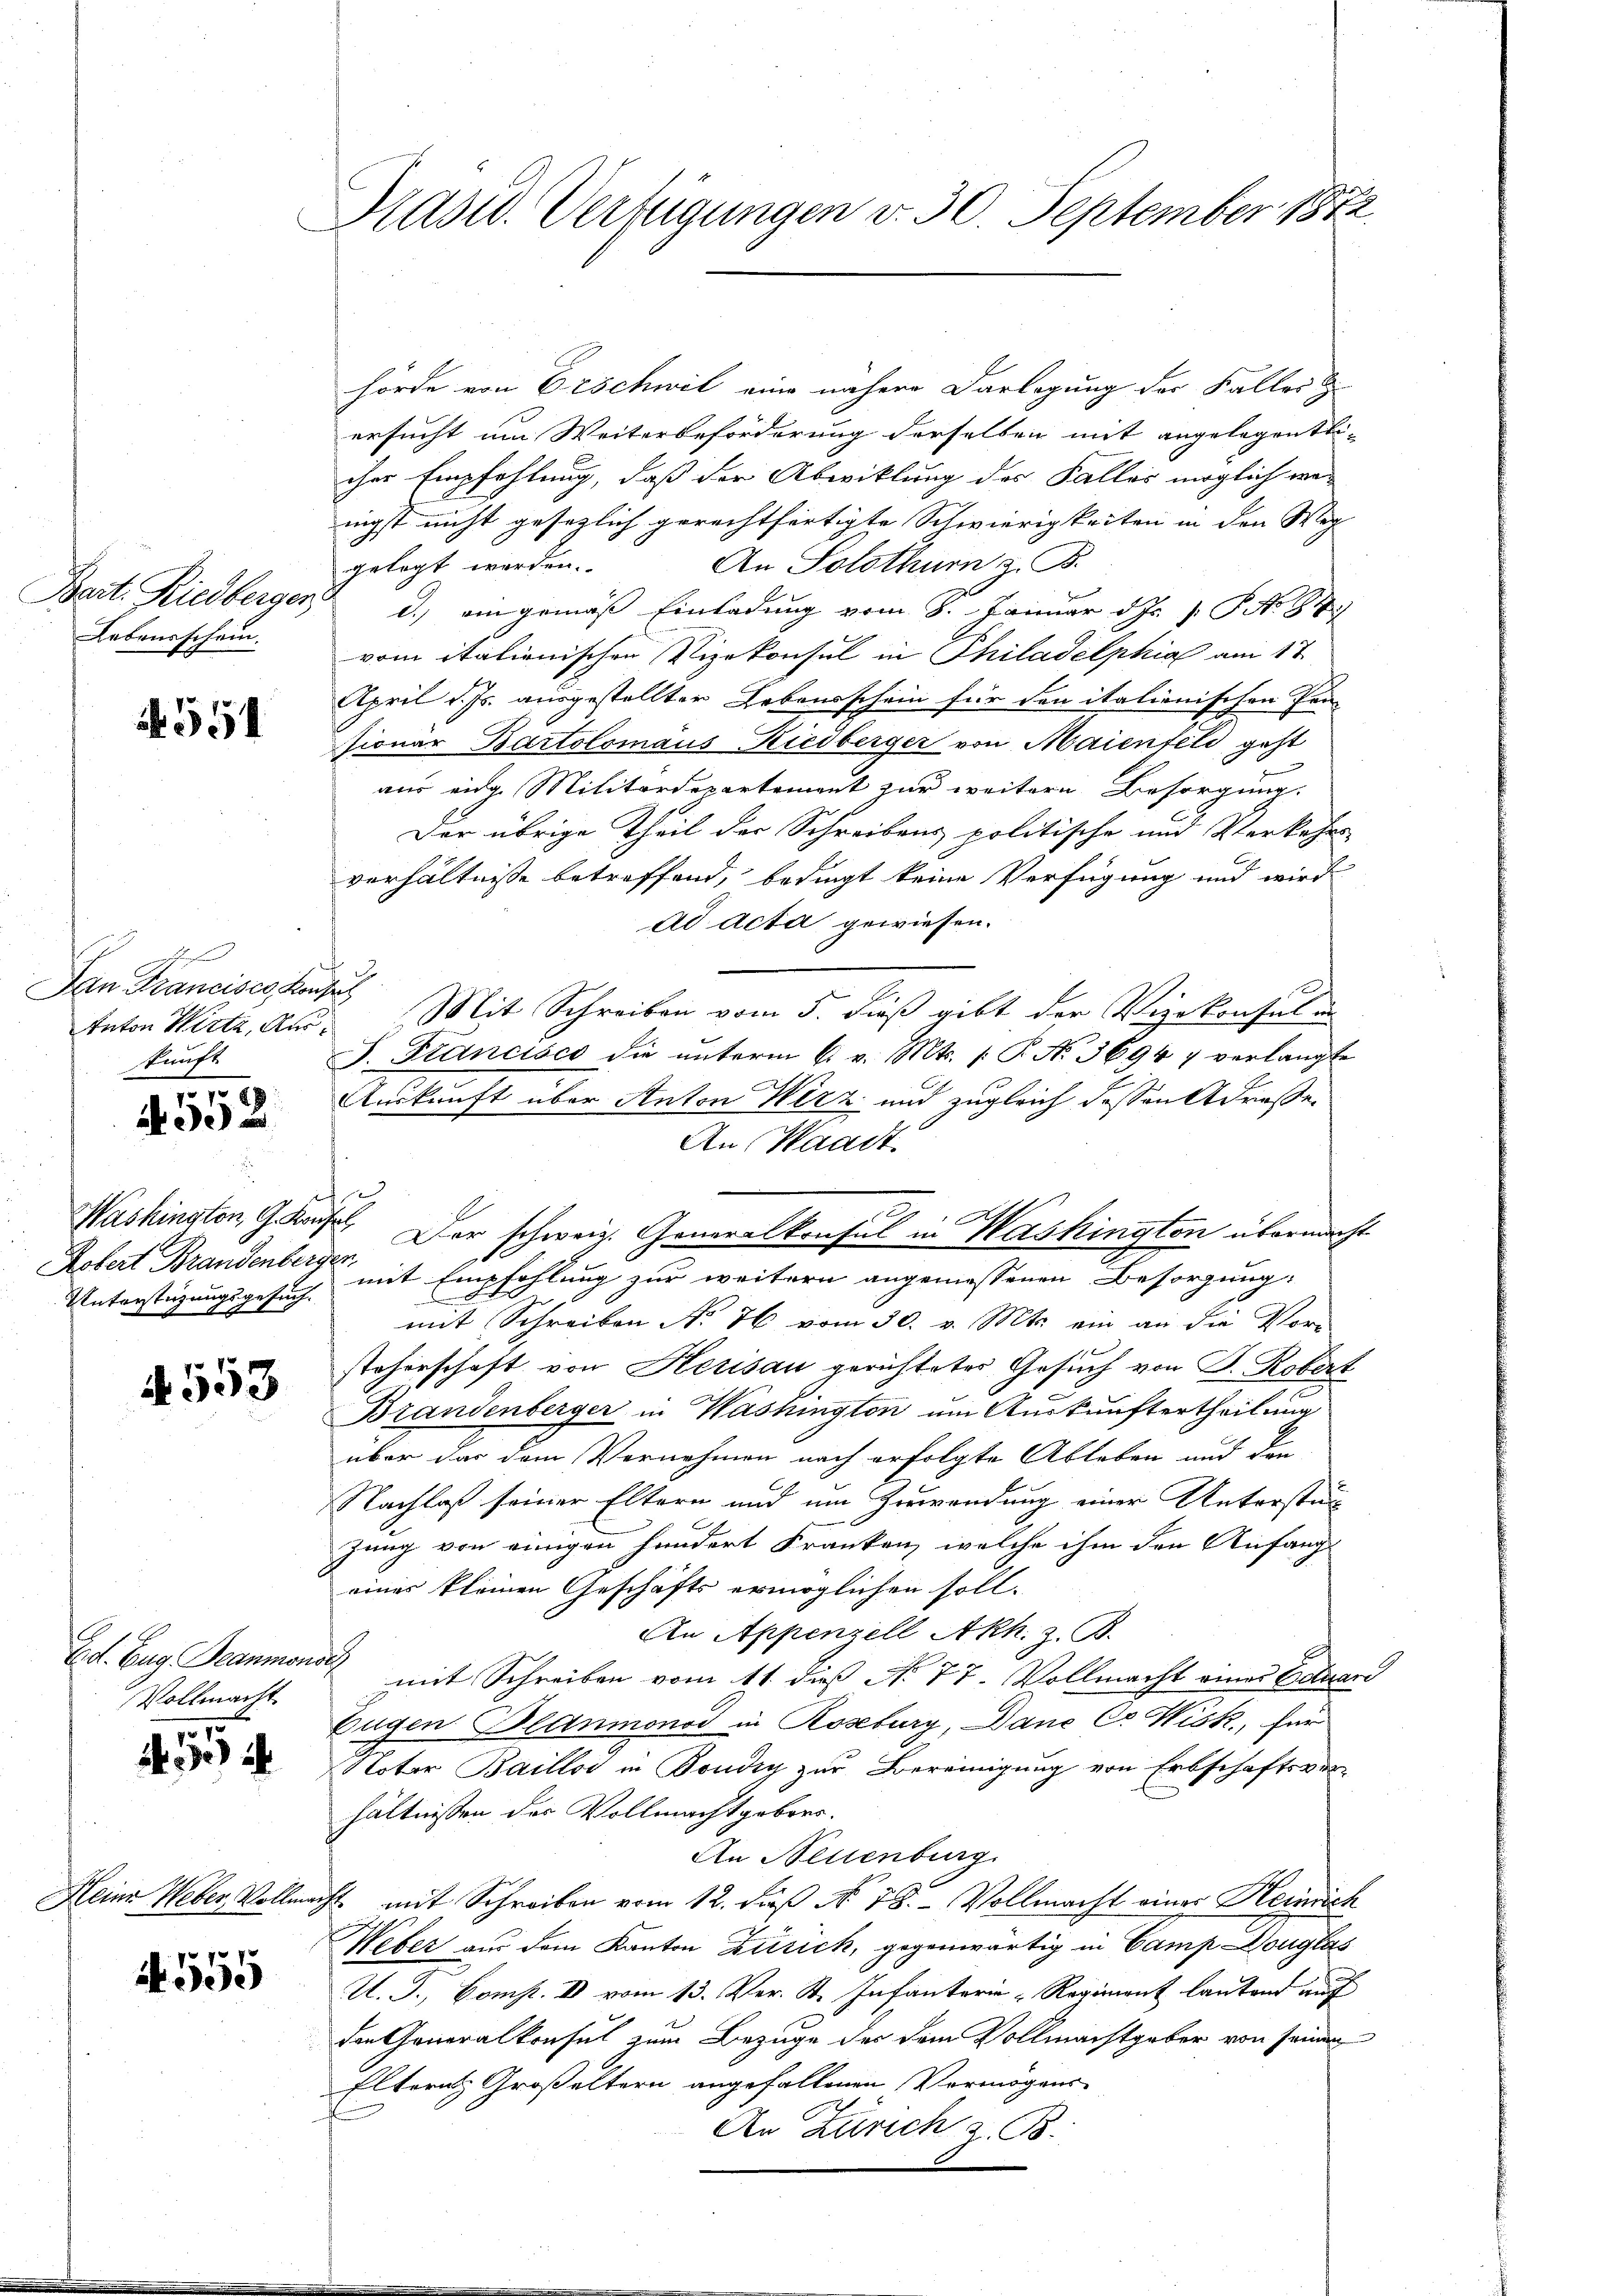
Bait. Riedberger
Lebensschein.

C

551

shofen
Dan Francisco Konsul
kunft

119

Unterstüzungsgesuch.

4553

Ed. Zug Beaumonat
Vollmacht

1015

Heine Weber, Vollma

N 555

Hasw. Verfügungen v. 30. September 1872

hörde von Erschwil eine nähere Darlegung der Faller
ersucht um Weiterbeförderung derselben mit angelegentlicher Empfehlung, daß der Abwicklung des Falles möglich war
nigst nicht gesezlich gerechtfertigte Schwierigkeiten in den Weg- |
An Solothurn z. B.
gelegt werden.
d.) ein gemäß Einladung vom 8. Januar d. Js. v. P. Nr. 94)
vom italienischen Vizekonsul in Philadelphia am 17.
April d. Js. ausgestellter Lebensschein für den italienischen Pen-
sionar Bartolomäus Riedberger von Maienteli geht
aus eidg. Militärdepartement zur weitern Besorgung.
Der übrige Theil der Schreibens politische und Verkehrs-
verhältnisse betreffend, bedingt keine Verfügung und wird
ad Acta gewiesen.
Inton Wertz, Am Mit Schreiben vom 5. dieß gibt der Vizekonsul in
J. Francisco die ŭnterm 6. v. Mts. (T. No. 3694 7 verlangte
Auskunft über Anton Wirz und zugleich dessen Adresse¬
An Waadt.
s
Washington, Glase Der schweiz. Generalkonsul in Washington übermacht
d
Kobert Brandenberg mit Empfehlung zur weitern angemessenen Besorgung,

mit Schreiben No. 46 vom 30. v. Mts. ein an die Vor-
steherschaft von Herisau gerichteter Gesuch von P. Robert
Brandenberger in Washington um Auskunftertheilung
über das dem Vornahmen nach erfolgte Ableben und den
Nachlaß seiner Eltern und um Zuwendung einer Unterstän
zung von einigen hundert Kranken, welche ihm den Anfang
eines kleinen Geschäfts ermöglichen soll.
An Appenzell Akk. z. B.
mit Schreiben vom 11. daß No. 77. Vollmacht eines Eduard
Eugen Blanmonod in Roseburg, Danc Cr Wisk, für
Noter Baillos in Bondig zur Bereinigung von Erbschaftsverhältnissen der Vollmachtgebert.
An Neuenburg
h. mit Schreiben vom 12. daß No. 18. Vollmacht einer Heinrich
Weber aus dem Kanton Zürich, gegenwärtig in Camp Douglas
U. J., Comp. II vom 13. Ver. St. Infanterie-Regiment lautend auch
den Generalkonsul zum Bezuge des dem Vollmachtgeber von seinen
Eltern Großeltern angefallenen Vermögens-
An Zürich z. B.